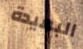
البعيدة